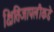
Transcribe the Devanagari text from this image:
क्षितिजापलीकडे